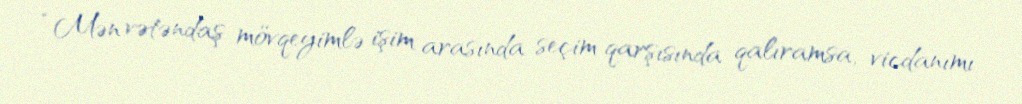
“Mən vətəndaş mövqeyimlə işim arasında seçim qarşısında qalıramsa, vicdanımı